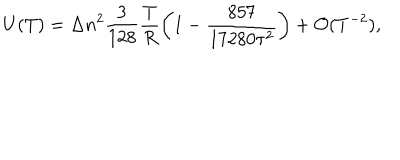
U ( T ) = \Delta n ^ { 2 } \frac { 3 } { 1 2 8 } \frac { T } { R } \left( 1 - \frac { 8 5 7 } { 1 7 2 8 0 \tau ^ { 2 } } \right) + { \cal O } ( T ^ { - 2 } ) { , }